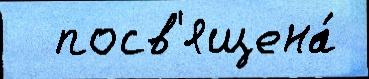
  посв'ящена́